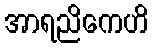
အာရညိကေဟိ